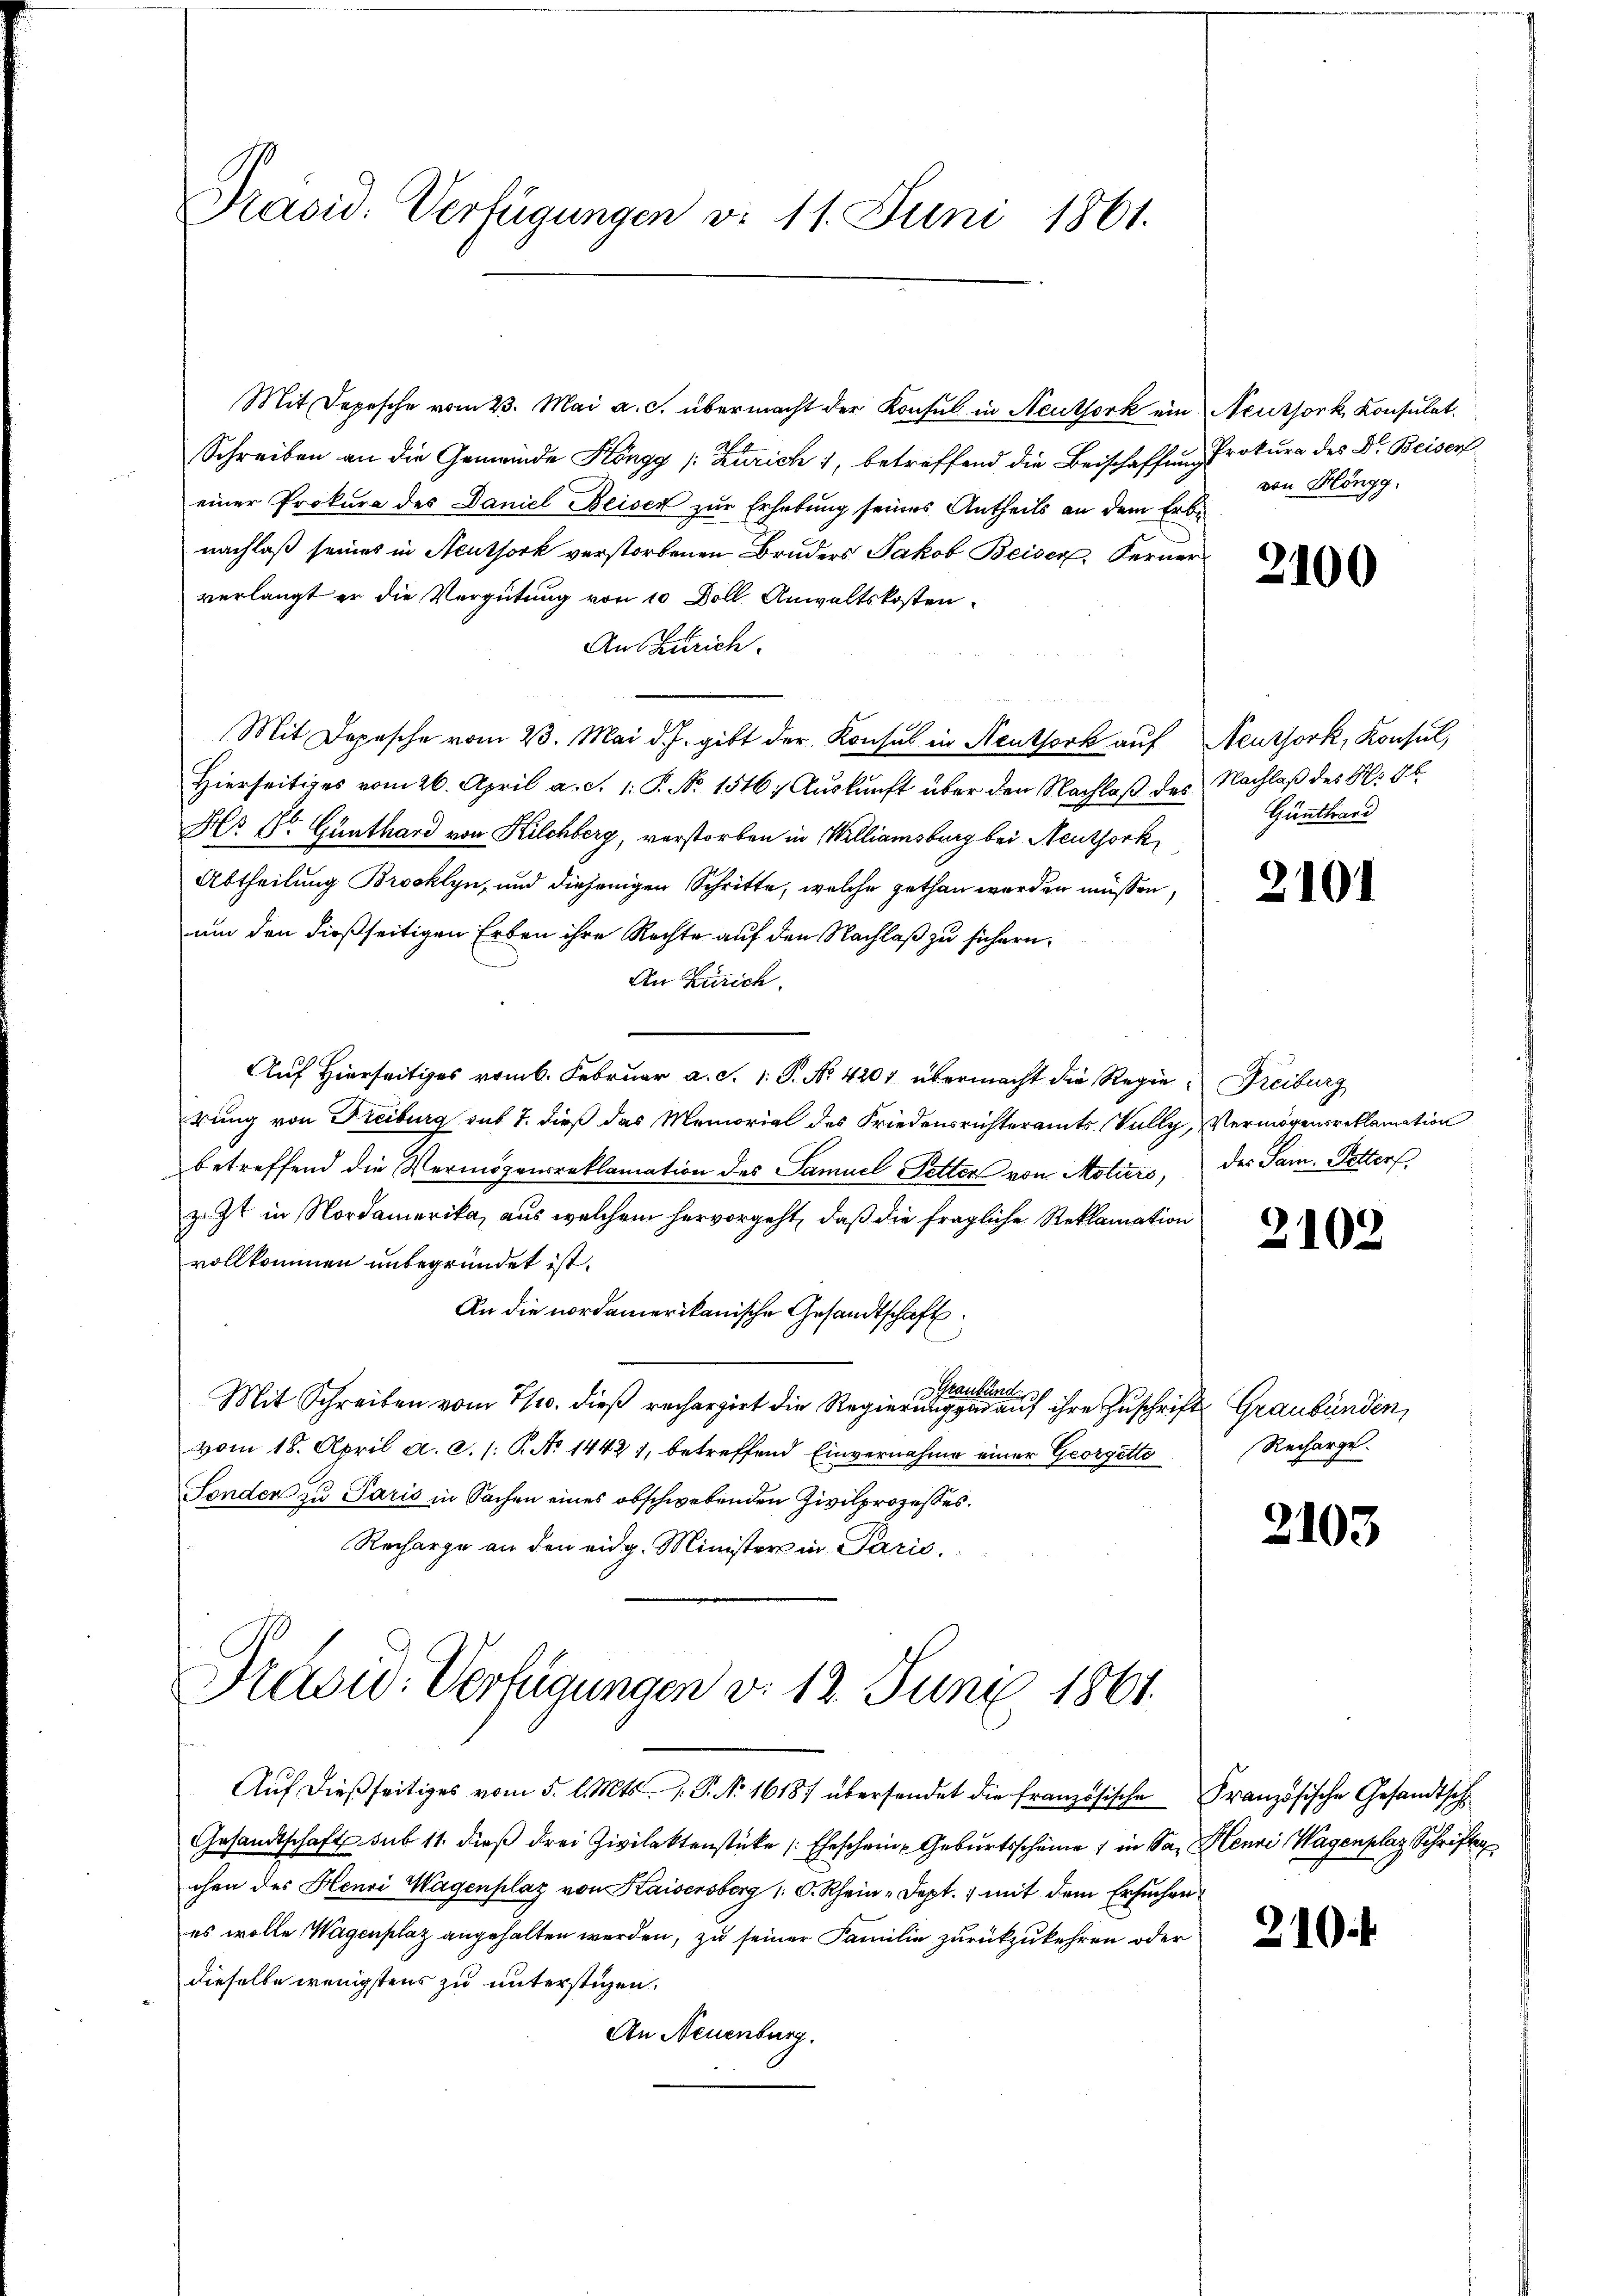
Präsid. Verfügungen d. 11. Juni 1861.

Mit Depesche vom 23. Mai a. c. übermacht der Konsul in Neuthork ein Neussork Konsulat
Schreiben an die Gemeinde Köngg (Zürich 1, betreffend die Beischaffung Prokura des Dr. Beisers
einer Prokura des Daniel Beisen zur Erhebung seines Antheils an dem Erbe
nachlaß seines in Neuthork verstorbenen Bruders Jakob Beiser Ferner
verlangt er die Vergütung von 10 Doll Anwaltskosten.
Aus Zürich.
Mit Depesche vom 23. Mai d. J. gibt der Konsul in Neuthork auf Neussork, Konsul,
Hierseitiges vom 26. April a. d. 1. P. No. 1516; Auskunft über den Nachlaß des Nachlaß des N. §. 6.
Hr 1. Günthard von Kilchberg, verstorben in Williamsburg bei Neuthork
Abtheilung Brooklyn, und diejenigen Schritte, welche gethan werden müssen,
um den dießseitigen Erben ihre Rechte auf den Nachlaß zu sichern.
An Zürich.
Auf Hierseitiges vom 6. Februar a. S. 1. P. Nr. 4207 übermacht die Regie Freiburg
rung von Freiburg sub 7. dieß das Memorial des Friedensrichteramts Vully, Vermögensreklamation
betreffend die Vermögensreklamation des Samuel Setter von Motiers, der Sam. Petters
z. Zt. in Nordamerika, aus welchem hervorgeht, daß die fragliche Reklamation
vollkommen unbegründet ist.
An die nordamerikanische Gesandtschaft
Mar
Lund.
Mit Schreiben vom 7/10. dieß rechargirt die Regierung genen auf ihre Zuschrift Graubünden,
vom 18. April a. c. s. S. No 1442), betreffend Einvernahme einer Georgette
Sonder zu Paris in Sachen eines obschwebenden Zivilprozesses.
Recharge an den eidg. Minister in Parić,

Präsid. Verfügungen d. 12. Juni 1861.

von Höngg.

Aŭf dießseitiges vom 5. l. Mts. v. P. Nr. 16187 übersendet die französische Französische Gesandtsche
Gesandtschaft sub 11. dieß drei Zivilaktenstücke (Eheschein Geburtsscheine in San Henri Wagenplaz Schriften
chen des Henri Wagenplaz von Kaisensberg (: C. Rhein-Dept. 1 mit dem Ersuchen
es wolle Wagenplaz angehalten werden, zu seiner Familie zurückzukehren oder
dieselbe wenigstens zu unterstigen.
An Neuenburg.

2100

Günthard

2101

2102

Recharge.

2103

210.